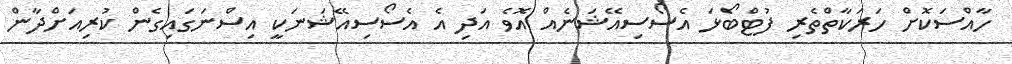
ހާއްސަކޮށް ހަރަކާތްތެރި ފުޓްބޯޅަ އެސޯސިއޭޝަނެއް އޮވެ އަދި އެ އެސޯސިއޭޝަނަކީ އިސްނަގައިގެން ކުރިއަށްދާން